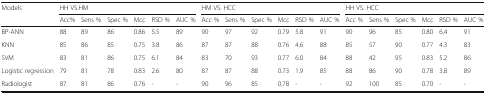
| Models | <COLSPAN=6> HH VS.HM | <COLSPAN=6> HM VS. HCC | <COLSPAN=6> HH VS. HCC |
 |  | Acc% | Sens % | Spec % | Mcc | RSD % | AUC % | Acc % | Sens % | Spec % | Mcc | RSD % | AUC % | Acc % | Sens % | Spec % | Mcc | RSD % | AUC % |
 | --- | --- | --- | --- | --- | --- | --- | --- | --- | --- | --- | --- | --- | --- | --- | --- | --- | --- | --- |
 | BP-ANN | 88 | 89 | 86 | 0.86 | 5.5 | 89 | 90 | 97 | 92 | 0.79 | 5.8 | 91 | 90 | 96 | 85 | 0.80 | 6.4 | 91 |
 | KNN | 85 | 86 | 85 | 0.75 | 3.8 | 86 | 87 | 87 | 88 | 0.76 | 4.6 | 88 | 85 | 57 | 90 | 0.77 | 4.3 | 83 |
 | SVM | 83 | 81 | 86 | 0.75 | 6.1 | 84 | 83 | 70 | 93 | 0.77 | 6.0 | 84 | 88 | 42 | 95 | 0.83 | 5.2 | 86 |
 | Logistic regression | 79 | 81 | 78 | 0.83 | 2.6 | 80 | 87 | 87 | 88 | 0.73 | 1.9 | 85 | 88 | 86 | 90 | 0.78 | 3.8 | 89 |
 | Radiologist | 87 | 81 | 86 | 0.76 | - | - | 90 | 96 | 85 | 0.78 | - | - | 92 | 100 | 85 | 0.70 | - | - |